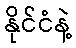
နိုင်ငံနဲ့